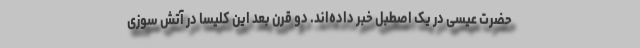
حضرت عیسی در یک اصطبل خبر داده‌اند. دو قرن بعد این کلیسا در آتش سوزی